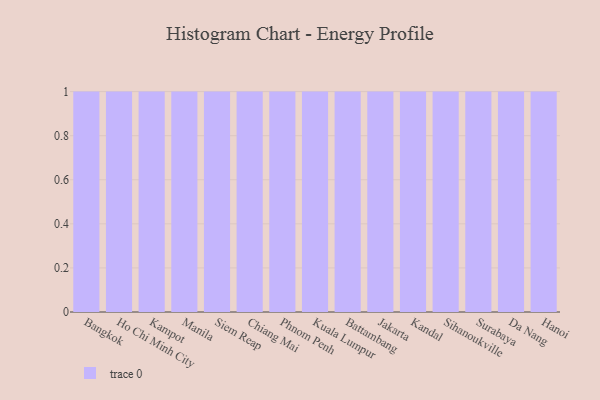
{"axis": {"x": "City", "y": "Population (Million)"}, "legend": [""], "data": [{"x": "Bangkok", "y": 87, "type": ""}, {"x": "Ho Chi Minh City", "y": 68, "type": ""}, {"x": "Kampot", "y": 28, "type": ""}, {"x": "Manila", "y": 7, "type": ""}, {"x": "Siem Reap", "y": 55, "type": ""}, {"x": "Chiang Mai", "y": 4, "type": ""}, {"x": "Phnom Penh", "y": 96, "type": ""}, {"x": "Kuala Lumpur", "y": 96, "type": ""}, {"x": "Battambang", "y": 21, "type": ""}, {"x": "Jakarta", "y": 17, "type": ""}, {"x": "Kandal", "y": 20, "type": ""}, {"x": "Sihanoukville", "y": 89, "type": ""}, {"x": "Surabaya", "y": 6, "type": ""}, {"x": "Da Nang", "y": 72, "type": ""}, {"x": "Hanoi", "y": 25, "type": ""}]}